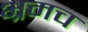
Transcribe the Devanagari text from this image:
भ्रमच